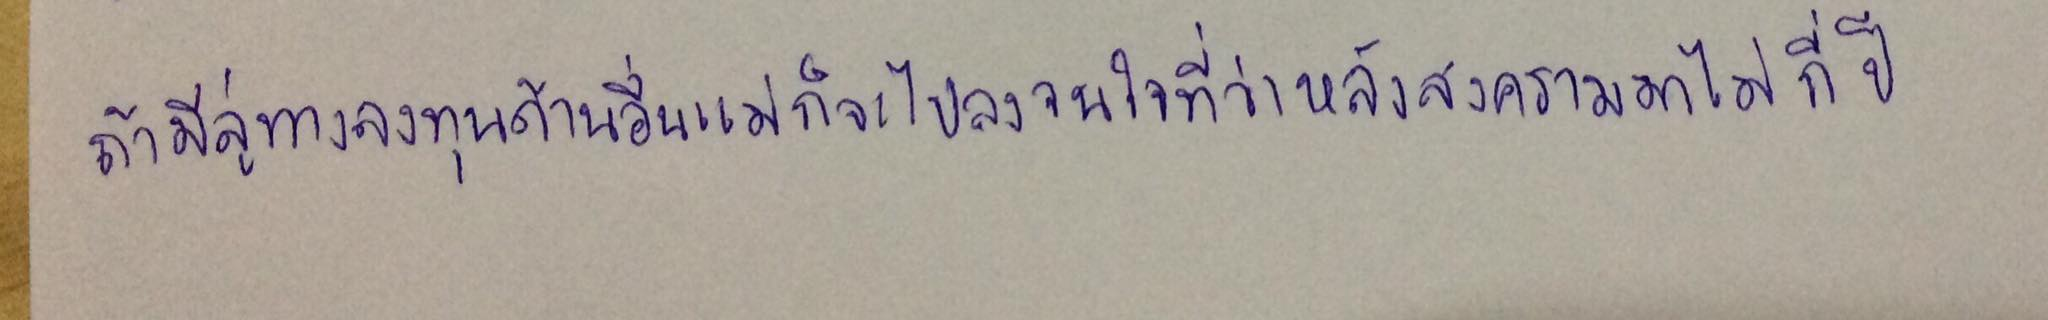
"ถ้ามีลู่ทางลงทุนด้านอื่นแม่ก็จะไปลงจนใจที่ว่าหลังสงครามมาไม่กี่ปี